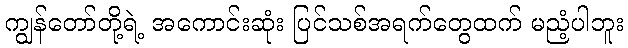
ကျွန်တော်တို့ရဲ့ အကောင်းဆုံး ပြင်သစ်အရက်တွေထက် မညံ့ပါဘူး